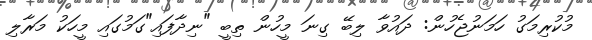
މުކުރިމަގު ހަމަނުޖެހުން: ދައުވާ ލިބޭ ގިނަ މީހުން ތިބީ "ނިދާފައި"ގަމުގައި މީހަކު މަރާލި